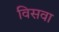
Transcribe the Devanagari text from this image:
विसवा